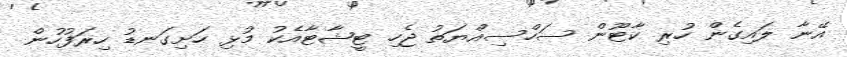
އޭނާ ލައިގެން ހުރި ކާޓޫން ސަހްސިއްޔަތު ޖެހި ޓީޝާޓާއެކު މުޅި ހަށިގަނޑު ހިރަފުހުން